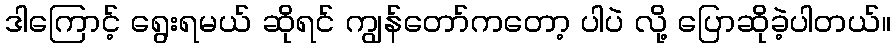
ဒါကြောင့် ရွေးရမယ် ဆိုရင် ကျွန်တော်ကတော့ ပါပဲ လို့ ပြောဆိုခဲ့ပါတယ်။